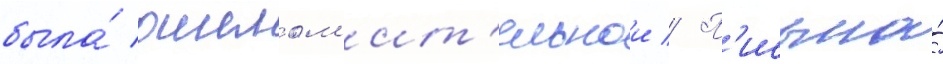
была́ ошелом'ит'ельнои // П'исьма́